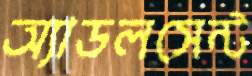
অ্যাডলসেন্ট